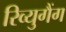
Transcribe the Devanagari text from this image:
रिव्युगैंग